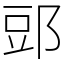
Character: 郖